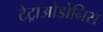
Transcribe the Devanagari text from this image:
टेट्राओडोनिस